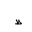
Letter: _za